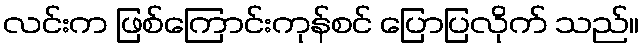
လင်းက ဖြစ်ကြောင်းကုန်စင် ပြောပြလိုက် သည်။